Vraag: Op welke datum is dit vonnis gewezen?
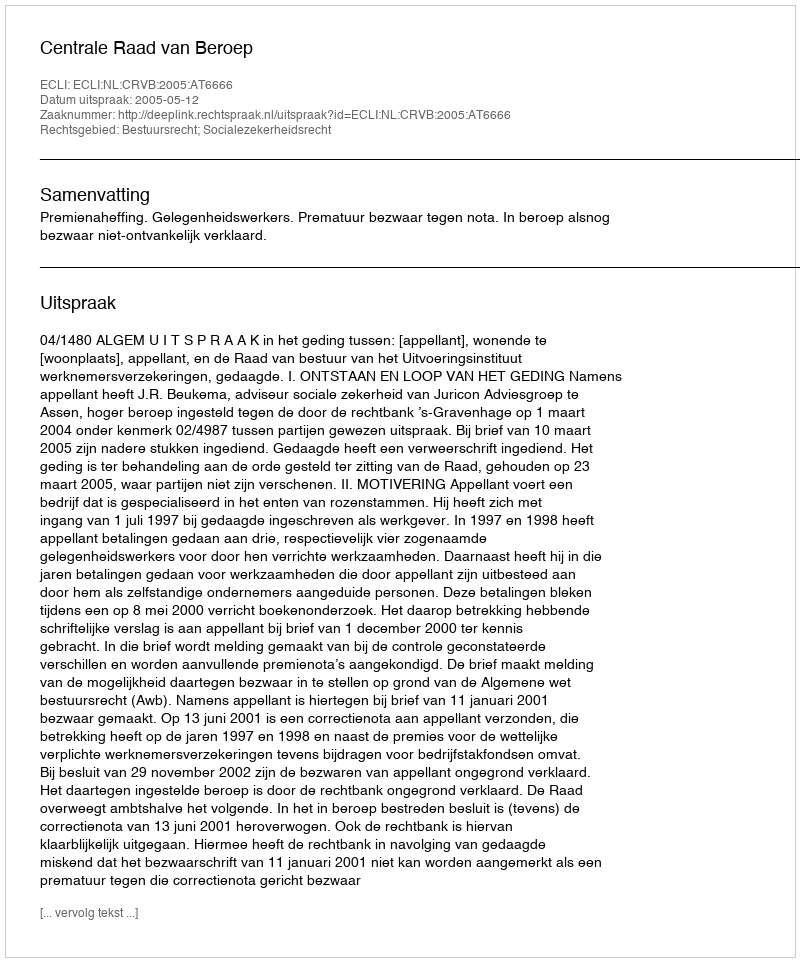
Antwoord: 2005-05-12